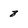
Character: 8